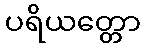
ပရိယတ္တော